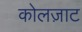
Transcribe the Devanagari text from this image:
कोलज़ाट